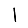
Digit: 1